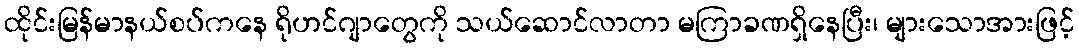
ထိုင်းမြန်မာနယ်စပ်ကနေ ရိုဟင်ဂျာတွေကို သယ်ဆောင်လာတာ မကြာခဏရှိနေပြီး၊ များသောအားဖြင့်